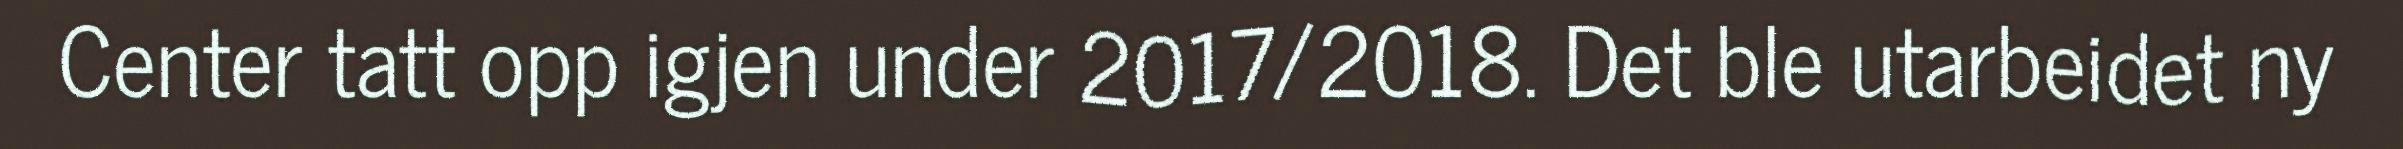
Center tatt opp igjen under 2017/2018. Det ble utarbeidet ny